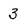
Character: 3